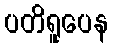
ပတိရူပေန